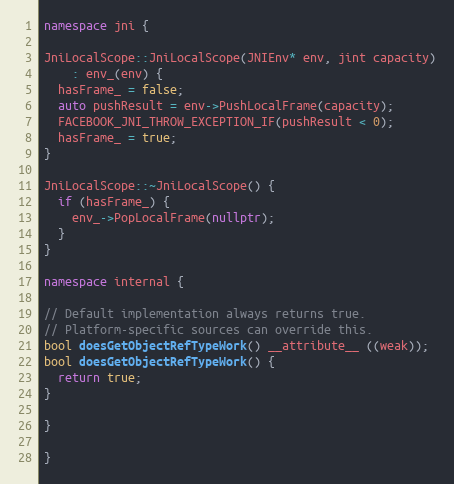
Language: C++
namespace jni {

JniLocalScope::JniLocalScope(JNIEnv* env, jint capacity)
    : env_(env) {
  hasFrame_ = false;
  auto pushResult = env->PushLocalFrame(capacity);
  FACEBOOK_JNI_THROW_EXCEPTION_IF(pushResult < 0);
  hasFrame_ = true;
}

JniLocalScope::~JniLocalScope() {
  if (hasFrame_) {
    env_->PopLocalFrame(nullptr);
  }
}

namespace internal {

// Default implementation always returns true.
// Platform-specific sources can override this.
bool doesGetObjectRefTypeWork() __attribute__ ((weak));
bool doesGetObjectRefTypeWork() {
  return true;
}

}

}